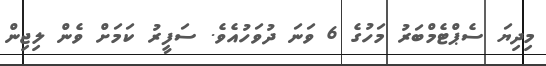
މިދިޔަ ސެޕްޓެމްބަރު މަހުގެ 6 ވަނަ ދުވަހުއެވެ. ސަފީރު ކަމަށް ވެން ލިޖިން